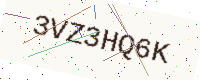
Text: 3VZ3HQ6K